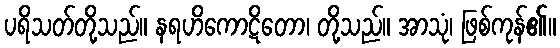
ပရိသတ်တို့သည်။ နရဟိကောဋိတော၊ တို့သည်။ အာသုံ၊ ဖြစ်ကုန်၏။